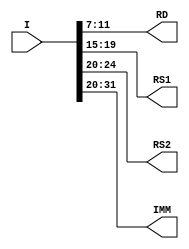
module IntDec(I,RD,RS1,RS2,IMM);
    input [31:0] I;
    output [4:0] RD,RS1,RS2;
    output [11:0] IMM;

    assign RD = I[11:7];
    assign RS1 = I[19:15];
    assign RS2 = I[24:20];
    assign IMM = I[31:20];
endmodule